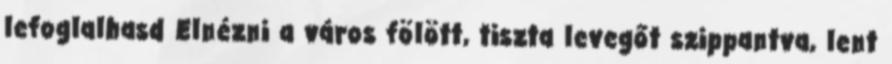
lefoglalhasd Elnézni a város fölött, tiszta levegőt szippantva, lent